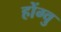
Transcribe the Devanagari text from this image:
होंग्वु